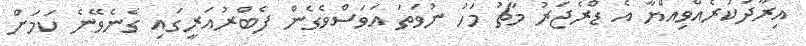
އިރާދަކުރެއްވިއްޔާ އެ ޑްރެޖަރު މާޗު މަހު ނުވަތަ އަވަސްވެގެން ފެބްރުއަރީގައި ގެނެވޭނެ ކަމަށް